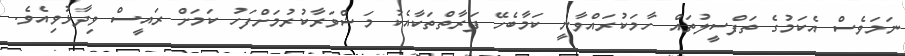
ނަމަވެސް އެކަމުގެ ތަފްސީލުތައް ހާމަކުރައްވާނީ ކަމާބެހޭ ފަރާތްތަކާއެކު މަޝްވަރާކުރުމަށްފަހު ކަމަށް ރައީސް ވިދާޅުވިއެވެ.